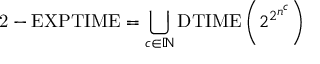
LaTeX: { \mathrm { 2 - E X P T I M E } } = \bigcup _ { c \in \mathbb { N } } { \mathrm { D T I M E } } \left( 2 ^ { 2 ^ { n ^ { c } } } \right)